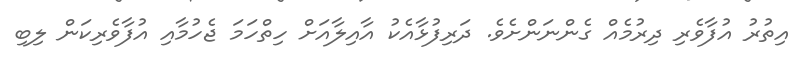
އިތުރު އުފާވެރި ދިރުމެއް ގެންނަންށެވެ. ދަރިފުޅާއެކު އާއިލާއަށް ހިތްހަމަ ޖެހުމާއި އުފާވެރިކަން ލިބި